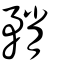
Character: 矟